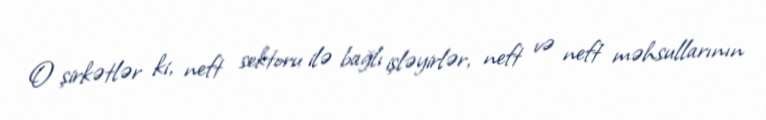
O şirkətlər ki, neft sektoru ilə bağlı işləyirlər, neft və neft məhsullarının